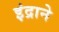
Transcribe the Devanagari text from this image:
इंद्राने